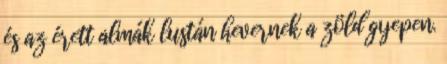
és az érett almák lustán hevernek a zöld gyepen.